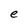
Character: e